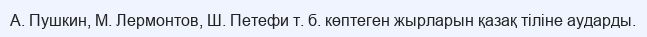
А. Пушкин, М. Лермонтов, Ш. Петефи т. б. көптеген жырларын қазақ тіліне аударды.